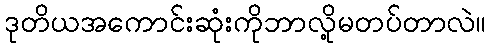
ဒုတိယအကောင်းဆုံးကိုဘာလို့မတပ်တာလဲ။